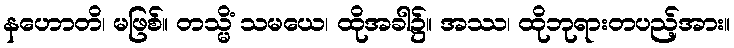
နဟောတိ၊ မဖြစ်။ တသ္မိံ သမယေ၊ ထိုအခါ၌။ အဿ၊ ထိုဘုရားတပည့်အား။